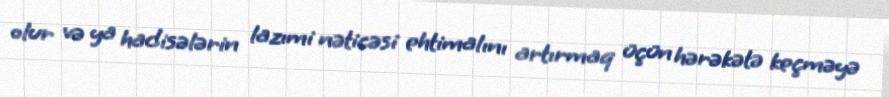
olur və ya hadisələrin lazımi nəticəsi ehtimalını artırmaq üçün hərəkətə keçməyə